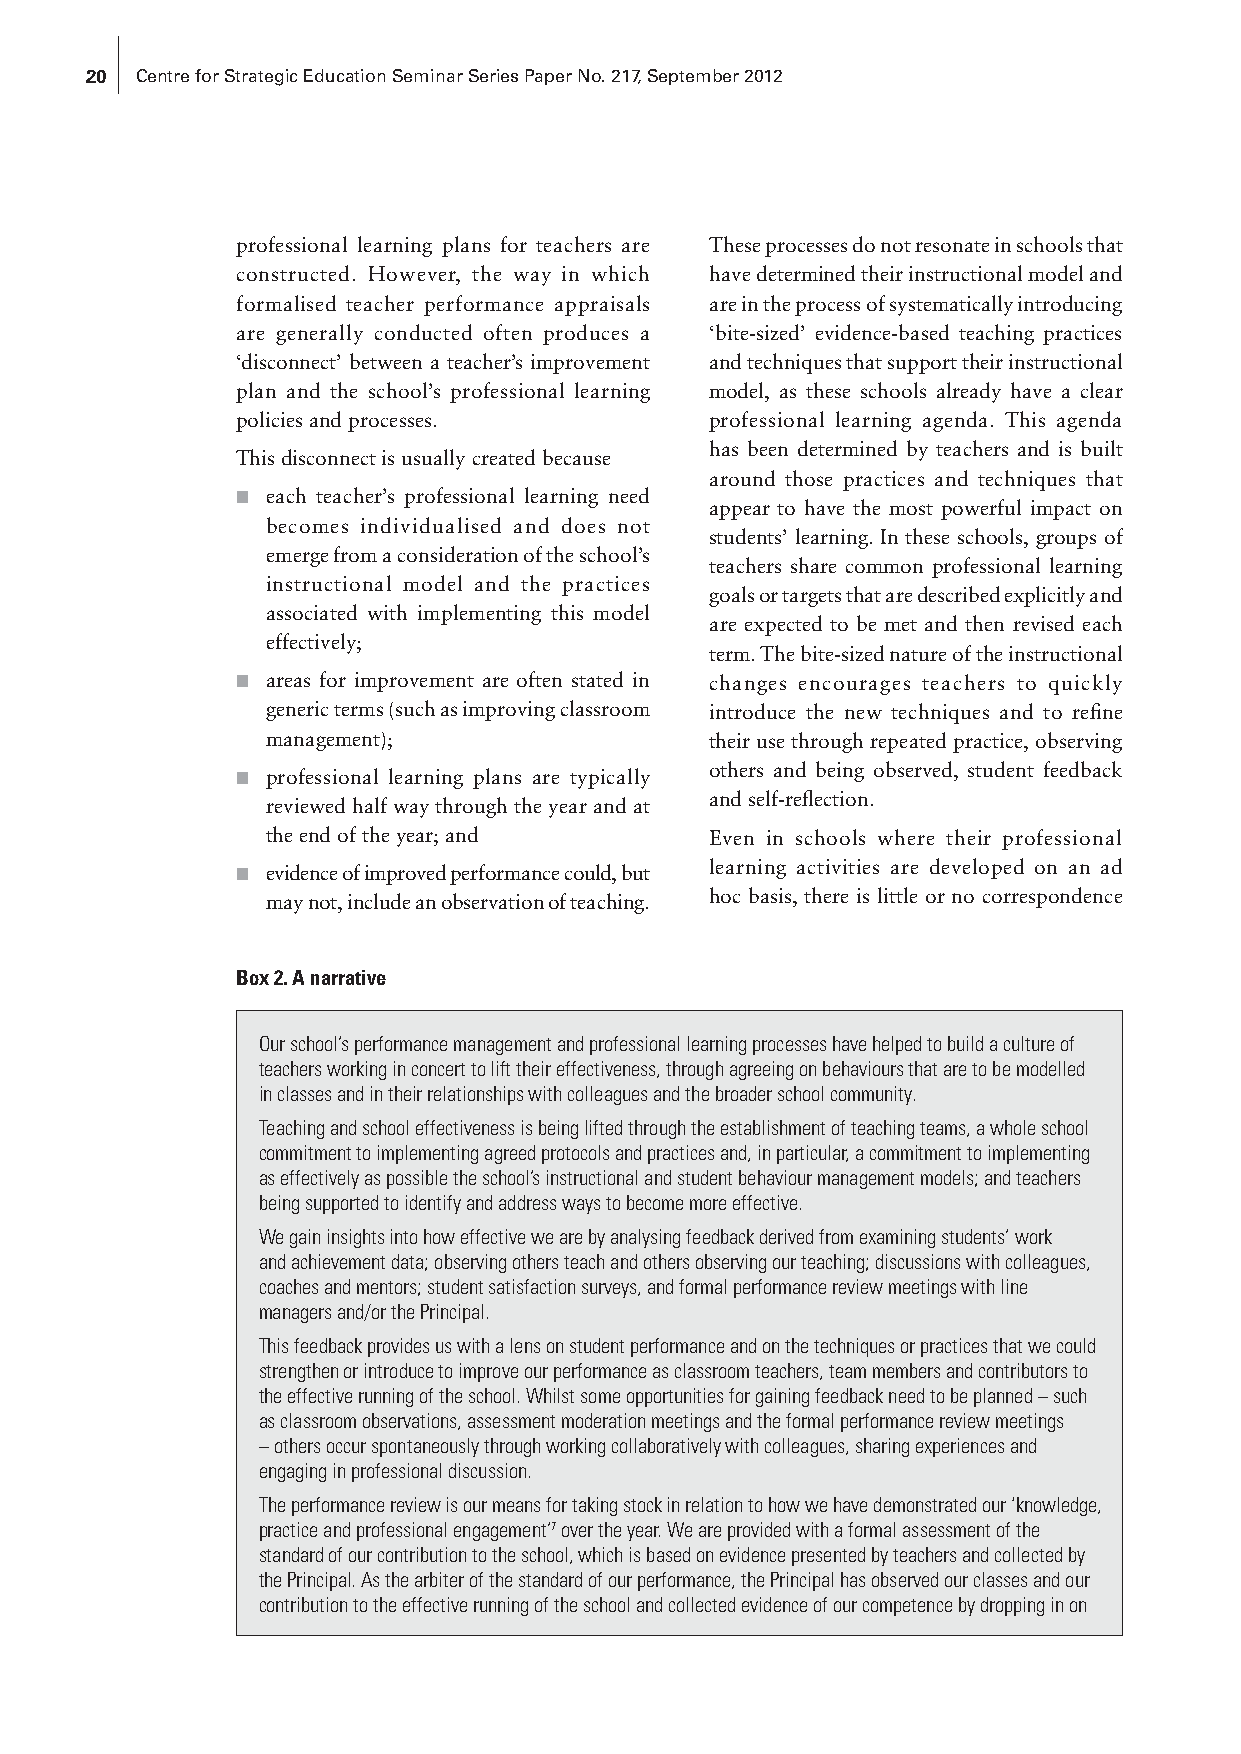
20 Centre for Strategic Education Seminar Series Paper No. 217, September 2012
 professional learning plans for teachers are These processes do not resonate in schools that
 constructed. However, the way in which have determined their instructional model and
 formalised teacher performance appraisals are in the process of systematically introducing
 are generally conducted often produces a ‘bite-sized’ evidence-based teaching practices
 ‘disconnect’ between a teacher’s improvement and techniques that support their instructional
 plan and the school’s professional learning model, as these schools already have a clear
 policies and processes.        professional learning agenda. This agenda
 has been determined by teachers and is built
 This disconnect is usually created because
 around those practices and techniques that
 ■ each teacher’s professional learning need
 appear to have the most powerful impact on
 becomes individualised and does not
 students’ learning. In these schools, groups of
 emerge from a consideration of the school’s
 teachers share common professional learning
 instructional model and the practices
 goals or targets that are described explicitly and
 associated with implementing this model
 are expected to be met and then revised each
 effectively;
 term. The bite-sized nature of the instructional
 ■ areas for improvement are often stated in changes encourages teachers to quickly
 generic terms (such as improving classroom introduce the new techniques and to refine
 management);                 their use through repeated practice, observing
 others and being observed, student feedback
 ■ professional learning plans are typically
 and self-reflection.
 reviewed half way through the year and at
 the end of the year; and     Even in schools where their professional
 learning activities are developed on an ad
 ■ evidence of improved performance could, but
 hoc basis, there is little or no correspondence
 may not, include an observation of teaching.
 Box 2. A narrative
 Our school’s performance management and professional learning processes have helped to build a culture of
 teachers working in concert to lift their effectiveness, through agreeing on behaviours that are to be modelled
 in classes and in their relationships with colleagues and the broader school community.
 Teaching and school effectiveness is being lifted through the establishment of teaching teams, a whole school
 commitment to implementing agreed protocols and practices and, in particular, a commitment to implementing
 as effectively as possible the school’s instructional and student behaviour management models; and teachers
 being supported to identify and address ways to become more effective.
 We gain insights into how effective we are by analysing feedback derived from examining students’ work
 and achievement data; observing others teach and others observing our teaching; discussions with colleagues,
 coaches and mentors; student satisfaction surveys, and formal performance review meetings with line
 managers and/or the Principal.
 This feedback provides us with a lens on student performance and on the techniques or practices that we could
 strengthen or introduce to improve our performance as classroom teachers, team members and contributors to
 the effective running of the school. Whilst some opportunities for gaining feedback need to be planned – such
 as classroom observations, assessment moderation meetings and the formal performance review meetings
 – others occur spontaneously through working collaboratively with colleagues, sharing experiences and
 engaging in professional discussion.
 The performance review is our means for taking stock in relation to how we have demonstrated our ‘knowledge,
 practice and professional engagement’7 over the year. We are provided with a formal assessment of the
 standard of our contribution to the school, which is based on evidence presented by teachers and collected by
 the Principal. As the arbiter of the standard of our performance, the Principal has observed our classes and our
 contribution to the effective running of the school and collected evidence of our competence by dropping in on